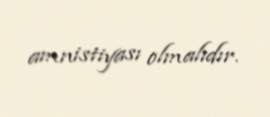
amnistiyası olmalıdır.